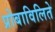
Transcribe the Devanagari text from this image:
प्रोबाविलिते